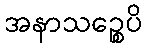
အနာသဉ္စေပိ